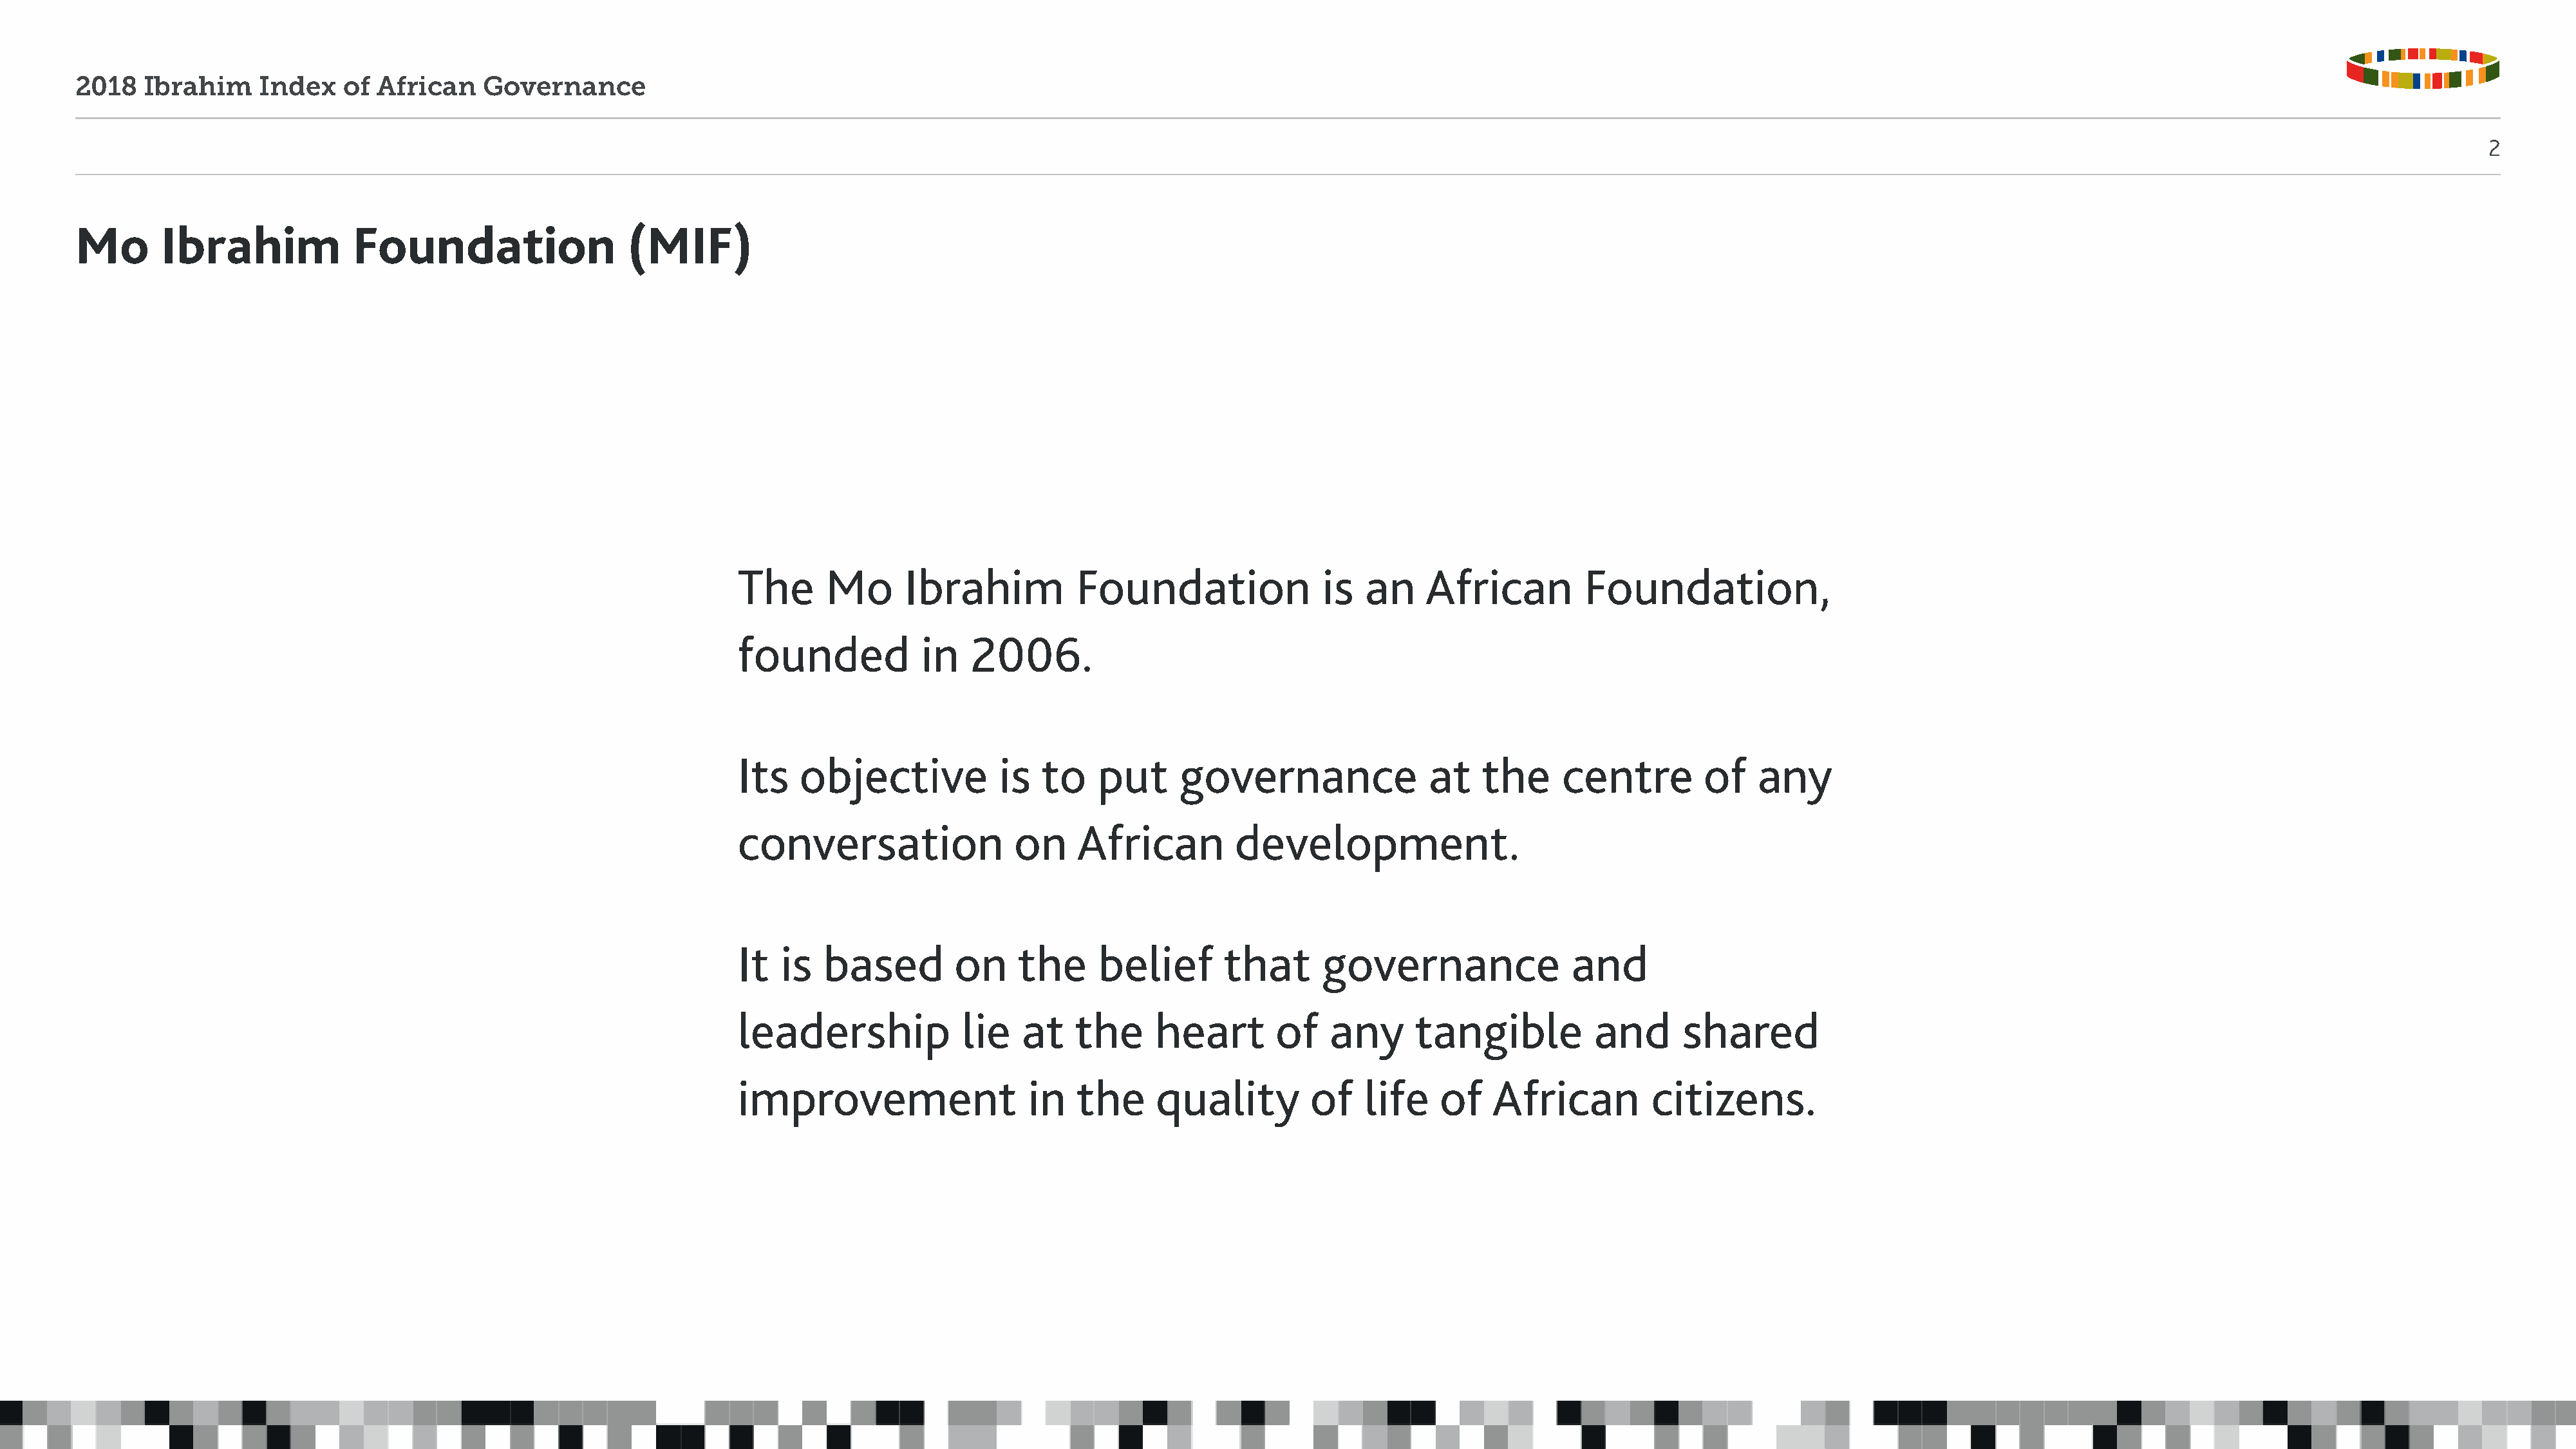
2018   Ibrahim     Index   of  African    Governance
 2
 Mo       Ibrahim            Foundation                  (MIF)
 The      Mo      Ibrahim           Foundation               is  an     African         Foundation,
 founded            in   2006.
 Its   objective            is  to    put     governance                at   the      centre        of    any
 conversation                on     African         development.
 It  is   based        on     the     belief       that      governance                and
 leadership             lie   at   the      heart       of    any     tangible           and      shared
 improvement                   in   the     quality         of   life    of   African          citizens.